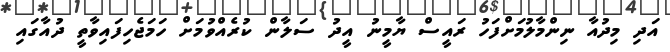
އަދި މިދުއާ ނިންމާލުމަށްފަހު ރައީސް ޔާމީނު އީދު ސަލާން ކުރެއްވުމަށް ހަމަޖެހިފައިވާތީ ދުއާގައި